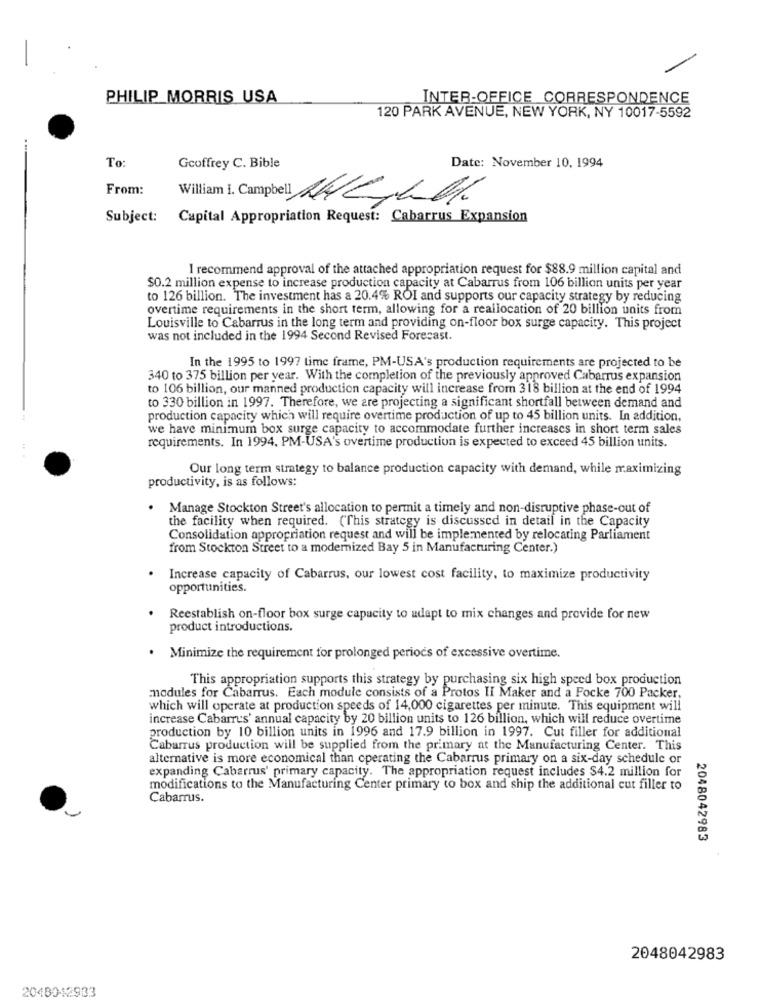
PHILIP MORRIS USA
INTER-OFFICE CORRESPONDENCE
120 PARK AVENUE, NEW YORK, NY 10017-5592
....
To
Geoffrey C. Bible
Date: November 10, 1994
From:
William i. Campbell WEILOK
Subject:
Capital Appropriation Request: Cabarrus Expansion
I recommend approval of the attached appropriation request for $88.9 million capital and
$0.2 million expense to increase production capacity at Cabarrus from 106 billion units per year
to 126 billion. The investment has a 20.4% ROI and supports our capacity strategy by reducing
overtime requirements in the short term, allowing for a reallocation of 20 billion units from
Louisville to Cabarrus in the long term and providing on-floor box surge capacity. This project
was not included in the 1994 Second Revised Forecast.
In the 1995 to 1997 time frame, PM-USA's production requirements are projected to be
340 to 375 billion per year. With the completion of the previously approved Cabarrus expansion
to 106 billion, our manned production capacity will increase from 318 billion at the end of 1994
to 330 billion in 1997. Therefore, we are projecting a significant shortfall between demand and
production capacity which will require overtime production of up to 45 billion units. In addition,
we have minimum box surge capacity to accommodate further increases in short term sales
requirements. In 1994, PM-USA's overtime production is expected to exceed 45 billion units.
Our long term strategy to balance production capacity with demand, while maximizing
productivity, is as follows:
Manage Stockton Street's allocation to permit a timely and non-disruptive phase-out of
the facility when required. (This strategy is discussed in detail in the Capacity
Consolidation appropriation request and will be implemented by relocating Parliament
from Stockton Street to a modernized Bay 5 in Manufacturing Center.)
Increase capacity of Cabarrus, our lowest cost facility, to maximize productivity
opportunities.
Reestablish on-floor box surge capacity to adapt to mix changes and provide for new
product introductions.
. Minimize the requirement for prolonged periods of excessive overtime.
This appropriation supports this strategy by purchasing six high speed box production
modules for Cabarrus. Each module consists of a Protos II Maker and a Focke 700 Packer,
which will operate at production speeds of 14,000 cigarettes per minute. This equipment will
increase Cabarrus' annual capacity by 20 billion units to 126 billion, which will reduce overtime
production by 10 billion units in 1996 and 17.9 billion in 1997. Cut filler for additional
Cabarrus production will be supplied from the primary at the Manufacturing Center. This
alternative is more economical than operating the Cabarrus primary on a six-day schedule or
expanding Cabarrus' primary capacity. The appropriation request includes $4.2 million for
modifications to the Manufacturing Center primary to box and ship the additional cut filler to
Cabarrus.
2048042983
2048042983
2048042933